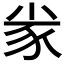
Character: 𡭷